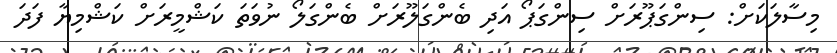
މިސާލަކަށް: ސިންގަޕޫރަށް ސިންގަޕޯ އަދި ބެންގަލޫރަށް ބެންގަލޯ ނުވަތަ ކަޝްމީރަށް ކަޝްމިޔާ ފަދަ